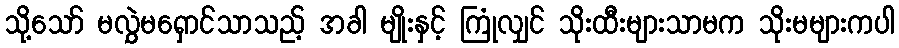
သို့သော် မလွှဲမရှောင်သာသည့် အခါ မျိုးနှင့် ကြုံလျှင် သိုးထီးများသာမက သိုးမများကပါ